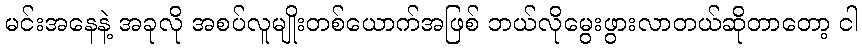
မင်းအနေနဲ့ အခုလို အစပ်လူမျိုးတစ်ယောက်အဖြစ် ဘယ်လိုမွေးဖွားလာတယ်ဆိုတာတော့ ငါ